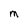
Character: M